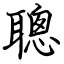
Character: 聰